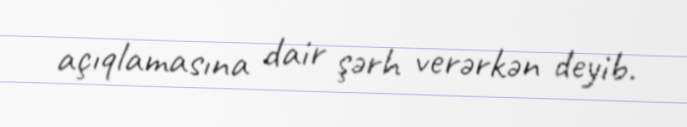
açıqlamasına dair şərh verərkən deyib.